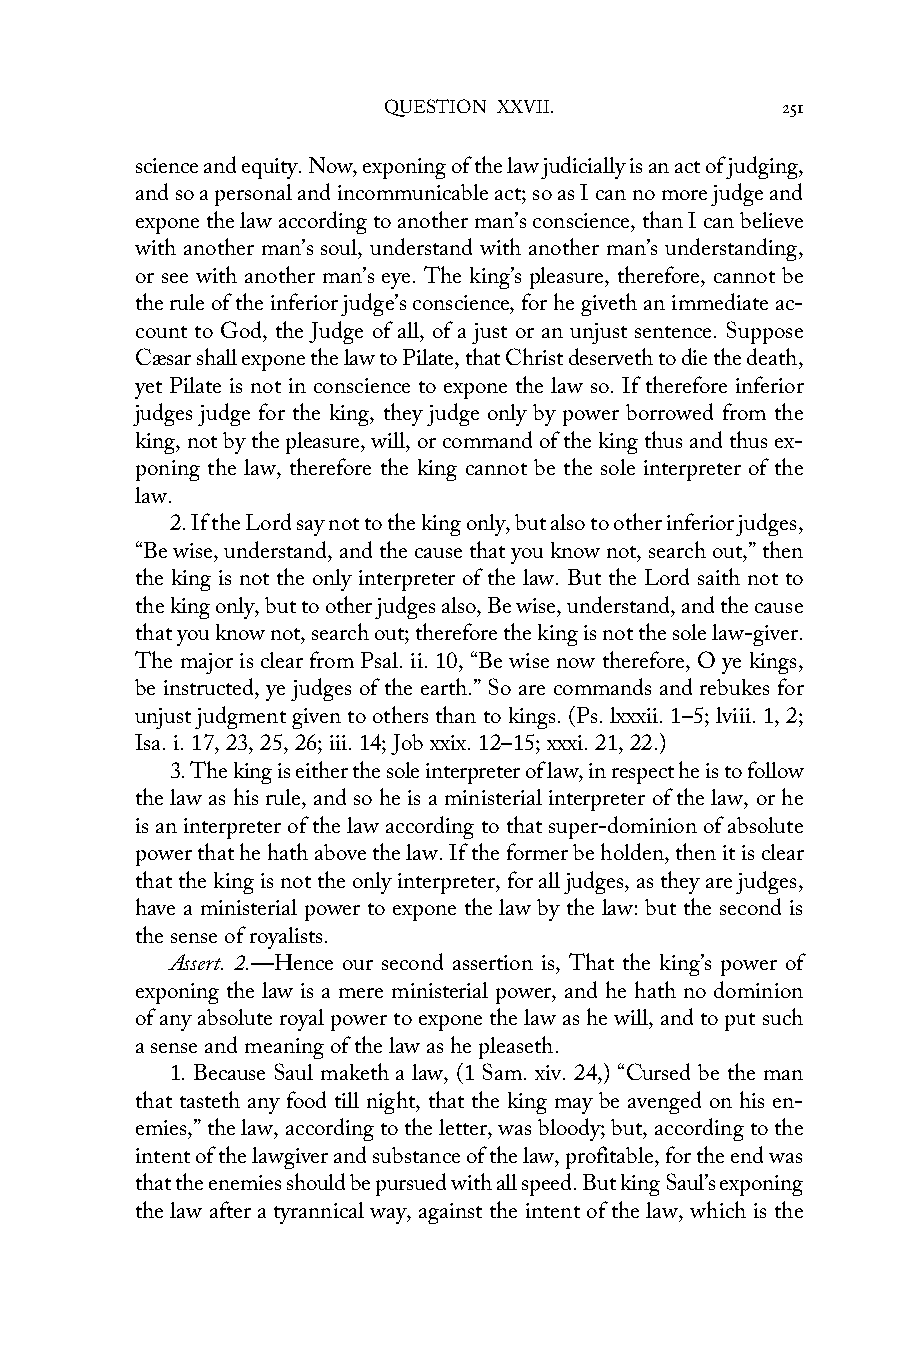
QUESTION XXVII.            251
 science and equity. Now, exponing of the law judicially is an act of judging,
 and so a personal and incommunicable act; so as I can no more judge and
 expone the law according to another man’s conscience, than I can believe
 with another man’s soul, understand with another man’s understanding,
 or see with another man’s eye. The king’s pleasure, therefore, cannot be
 the rule of the inferior judge’s conscience, for he giveth an immediate ac-
 count to God, the Judge of all, of a just or an unjust sentence. Suppose
 Cæsar shall expone the law to Pilate, that Christ deserveth to die the death,
 yet Pilate is not in conscience to expone the law so. If therefore inferior
 judges judge for the king, they judge only by power borrowed from the
 king, not by the pleasure, will, or command of the king thus and thus ex-
 poning the law, therefore the king cannot be the sole interpreter of the
 law.
 2. If the Lord say not to the king only, but also to other inferior judges,
 “Be wise, understand, and the cause that you know not, search out,” then
 the king is not the only interpreter of the law. But the Lord saith not to
 the king only, but to other judges also, Be wise, understand, and the cause
 that you know not, search out; therefore the king is not the sole law-giver.
 The major is clear from Psal. ii. 10, “Be wise now therefore, O ye kings,
 be instructed, ye judges of the earth.” So are commands and rebukes for
 unjust judgment given to others than to kings. (Ps. lxxxii. 1–5; lviii. 1, 2;
 Isa. i. 17, 23, 25, 26; iii. 14; Job xxix. 12–15; xxxi. 21, 22.)
 3. The king is either the sole interpreter of law, in respect he is to follow
 the law as his rule, and so he is a ministerial interpreter of the law, or he
 is an interpreter of the law according to that super-dominion of absolute
 power that he hath above the law. If the former be holden, then it is clear
 that the king is not the only interpreter, for all judges, as they are judges,
 have a ministerial power to expone the law by the law: but the second is
 the sense of royalists.
 Assert. 2.—Hence our second assertion is, That the king’s power of
 exponing the law is a mere ministerial power, and he hath no dominion
 of any absolute royal power to expone the law as he will, and to put such
 a sense and meaning of the law as he pleaseth.
 1. Because Saul maketh a law, (1 Sam. xiv. 24,) “Cursed be the man
 that tasteth any food till night, that the king may be avenged on his en-
 emies,” the law, according to the letter, was bloody; but, according to the
 intent of the lawgiver and substance of the law, profitable, for the end was
 that the enemies should be pursued with all speed. But king Saul’s exponing
 the law after a tyrannical way, against the intent of the law, which is the